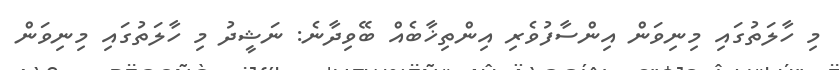
މި ހާލަތުގައި މިނިވަން އިންސާފުވެރި އިންތިޚާބެއް ބޭވިދާނެ: ނަޝީދު މި ހާލަތުގައި މިނިވަން